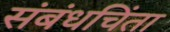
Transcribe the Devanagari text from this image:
संबंधचिंता